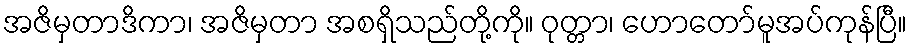
အဇိမှတာဒိကာ၊ အဇိမှတာ အစရှိသည်တို့ကို။ ဝုတ္တာ၊ ဟောတော်မူအပ်ကုန်ပြီ။